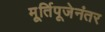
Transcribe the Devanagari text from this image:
मू्र्तिपूजेनंतर